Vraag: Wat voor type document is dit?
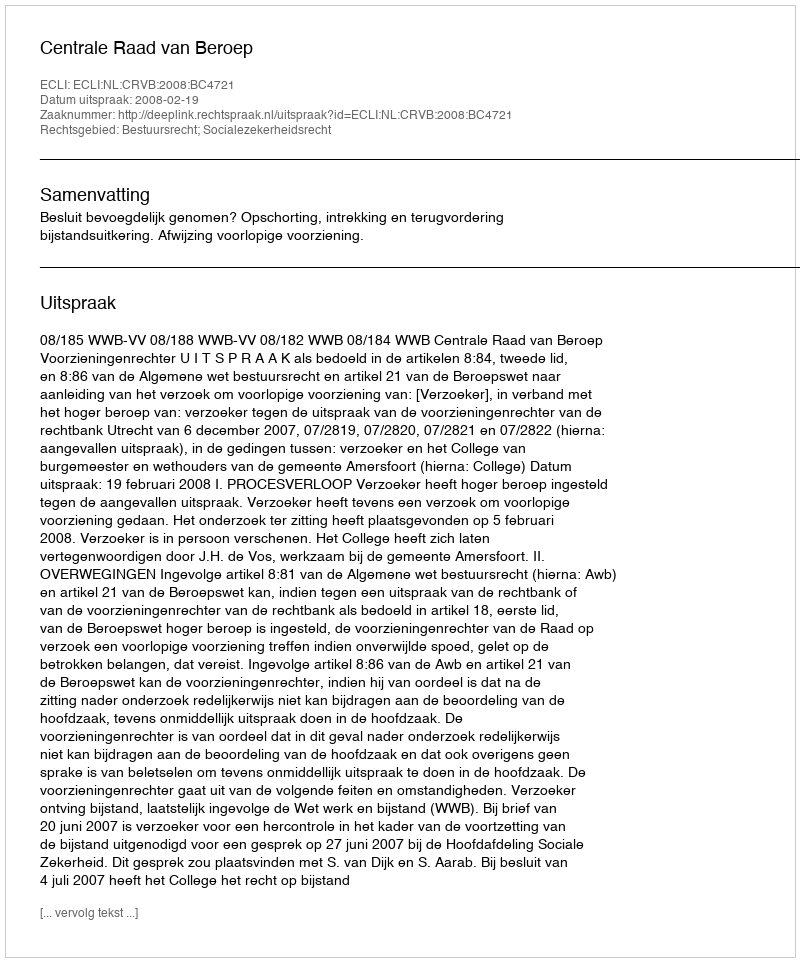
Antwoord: Uitspraak